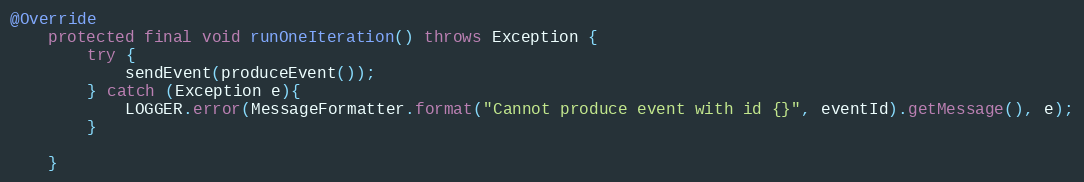
Language: Java
@Override
    protected final void runOneIteration() throws Exception {
        try {
            sendEvent(produceEvent());
        } catch (Exception e){
            LOGGER.error(MessageFormatter.format("Cannot produce event with id {}", eventId).getMessage(), e);
        }

    }